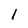
Character: 1